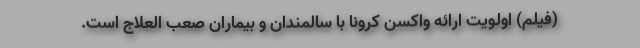
(فیلم) اولویت ارائه واکسن کرونا با سالمندان و بیماران صعب العلاج است.